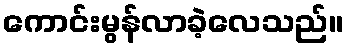
ကောင်းမွန်လာခဲ့လေသည်။